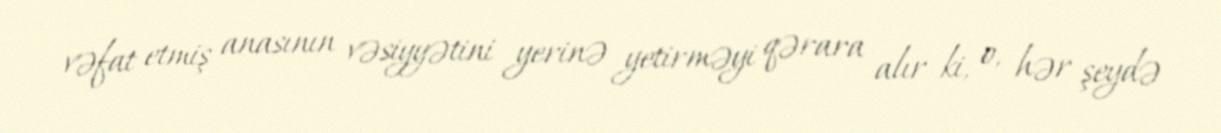
vəfat etmiş anasının vəsiyyətini yerinə yetirməyi qərara alır ki, o, hər şeydə